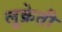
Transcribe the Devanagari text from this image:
लूक्रेती